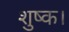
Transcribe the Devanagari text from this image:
शुष्क।